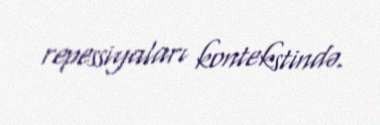
repessiyaları kontekstində.